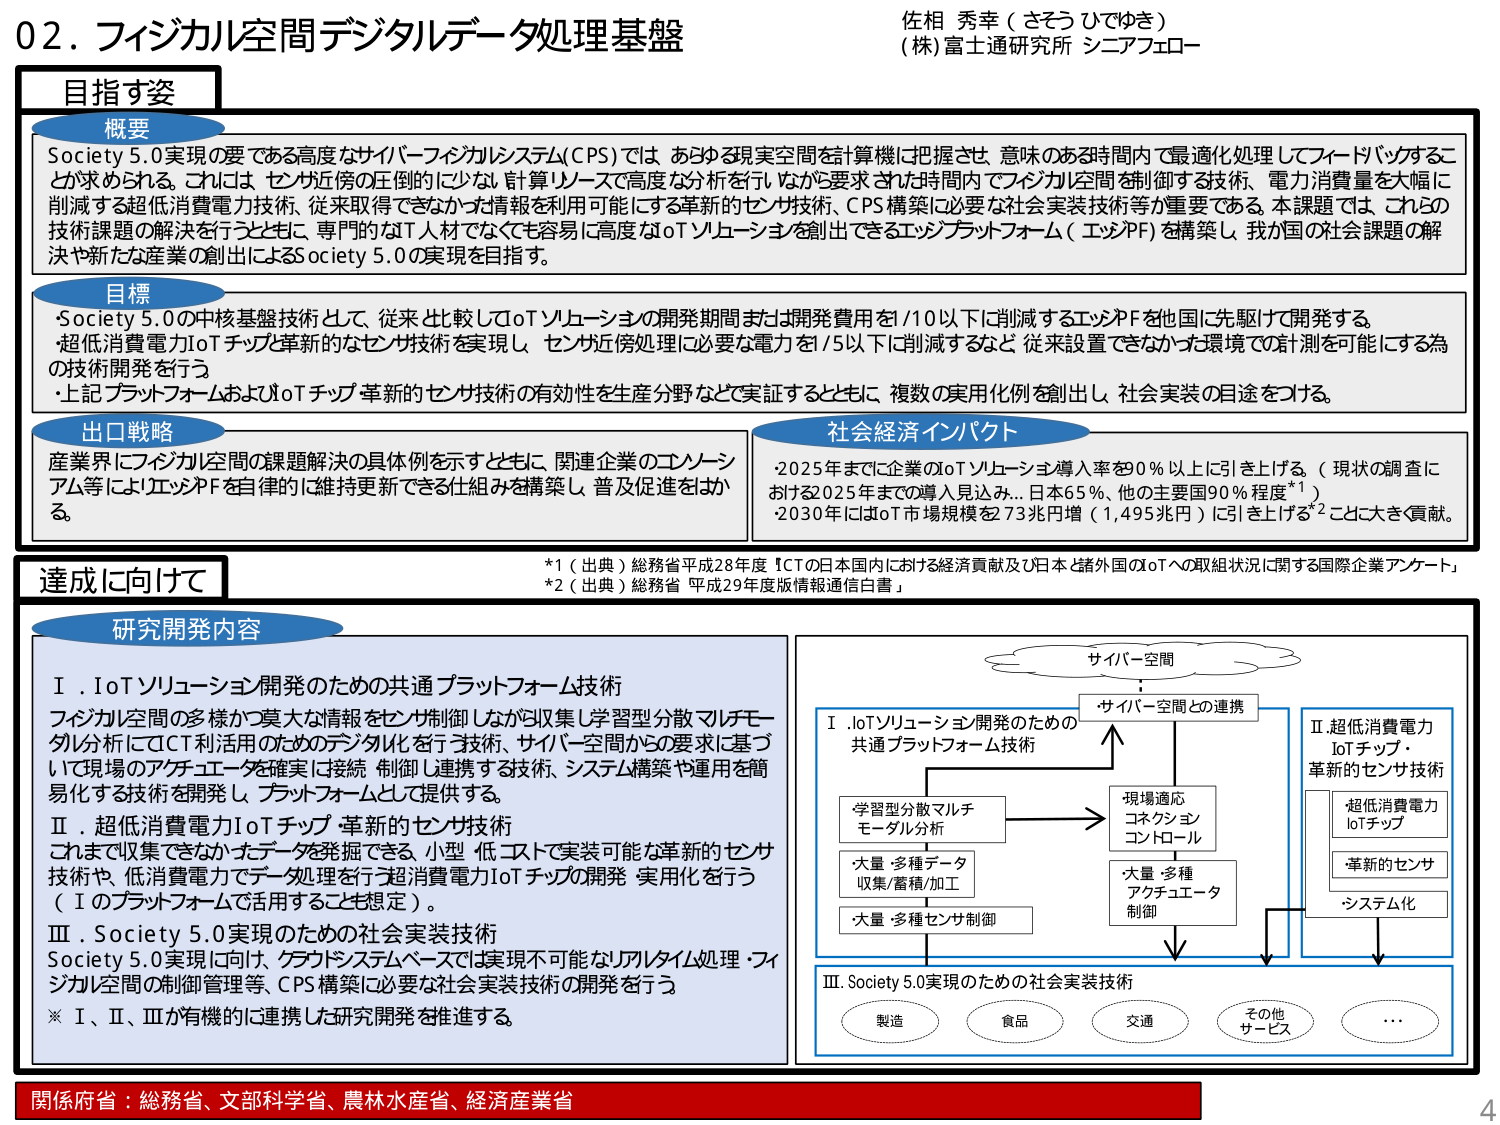
02. フィジカル空間デジタルデータ処理基盤
佐相 秀幸（さそう ひでゆき）
(株)富士通研究所 シニアフェロー

**目指す姿**

**概要**
Society 5.0実現の要である高度なサイバーフィジカルシステム(CPS)では、あらゆる現実空間を計算機に把握させ、意味のある時間内で最適化処理してフィードバックすることが求められる。これは、センサ近傍の圧倒的に少ない計算リソースで高度な分析を引しながら要求された時間内でフィジカル空間を制御する技術、電力消費量を大幅に削減する超低消費電力技術、従来取得できなかった情報を利用可能にする革新的センサ技術、CPS構築に必要な社会実装技術等が重要である。本課題では、これらの技術課題の解決を行うとともに、専門的なIT人材でなくても容易に高度なIoTソリューションを創出できるエッジプラットフォーム（エッジPF）を構築し、我が国の社会課題の解決や新たな産業の創出によるSociety 5.0の実現を目指す。

**目標**
・Society 5.0の中核基盤技術として、従来と比較してIoTソリューションの開発期間または開発費用を1/10以下に削減するエッジPFを他国に先駆けて開発する。
・超低消費電力IoTチップ・革新的なセンサ技術を実現し、センサ近傍処理に必要な電力を1/5以下に削減するなど、従来設置できなかった環境での計測を可能にする為の技術開発を行う。
・上記プラットフォームおよびIoTチップ・革新的センサ技術の有効性を生産分野などで実証するとともに、複数の実用化例を創出し、社会実装の目途をつける。

**出口戦略**
産業界にフィジカル空間の課題解決の具体例を示すとともに、関連企業のエコシステム等にはエッジPFを自律的に維持更新できる仕組みを構築し、普及促進を図る。

**社会経済インパクト**
・2025年までに企業のIoTソリューション導入率を90％以上に引き上げる（現状の調査における2025年までの導入見込み…日本65％、他の主要国90％程度*1）。
・2030年にはIoT市場規模を73兆円増（1,495兆円）に引き上げることに大きく貢献。

**達成に向けて**

**研究開発内容**
Ⅰ．IoTソリューション開発のための共通プラットフォーム技術
フィジカル空間の多様かつ莫大な情報をセンサ制御しながら収集し学習型分散マルチモデル分析にてICT利活用のためのデジタル化を行う技術、サイバー空間からの要求に基づいて現場のアクチュエータ確実に接続・制御する技術、システム構築や運用を簡易化する技術を開発し、プラットフォームとして提供する。

Ⅱ．超低消費電力IoTチップ・革新的センサ技術
これまで収集できなかったデータを発掘できる、小型・低コストで実装可能な革新的センサ技術や、低消費電力でデータ処理を行う超低消費電力IoTチップの開発・実用化を行う（Ⅰのプラットフォームで活用することも想定）。

Ⅲ．Society 5.0実現のための社会実装技術
Society 5.0実現に向け、クラウドシステムベースでは実現不可能なリアルタイム処理・フィジカル空間の制御管理等、CPS構築に必要な社会実装技術の開発を行う。

※Ⅰ、Ⅱ、Ⅲが有機的に連携した研究開発を推進する。

*1（出典）総務省平成28年度「ICTの日本国内における経済貢献及び日本と諸外国のIoTへの取組状況に関する国際企業アンケート」
*2（出典）総務省「平成29年度版情報通信白書」

**図解部分**
（右側の図）
サイバー空間
↓
サイバー空間との連携
↓
Ⅰ IoTソリューション開発のための共通プラットフォーム技術
→ 学習型分散マルチモデル分析
→ 大量・多種データ収集/蓄積/加工
→ 大量・多種センサ制御
→ 現場適応コネクションコントロール
→ 大量・多種アクチュエータ制御
↓
Ⅲ. Society 5.0実現のための社会実装技術
→ 製造、食品、交通、その他サービス、…

Ⅱ 超低消費電力IoTチップ・革新的センサ技術
→ 超低消費電力IoTチップ
→ 革新的センサ
→ システム化

**関係府省：総務省、文部科学省、農林水産省、経済産業省**
4